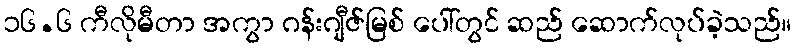
၁၆.၆ ကီလိုမီတာ အကွာ ဂန်းဂျီဇ်မြစ် ပေါ်တွင် ဆည် ဆောက်လုပ်ခဲ့သည်။